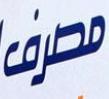
مطرف